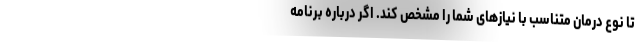
تا نوع درمان متناسب با نیازهای شما را مشخص کند. اگر درباره برنامه